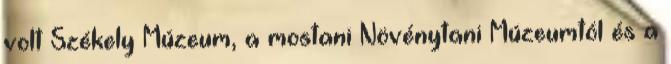
volt Székely Múzeum, a mostani Növénytani Múzeumtól és a